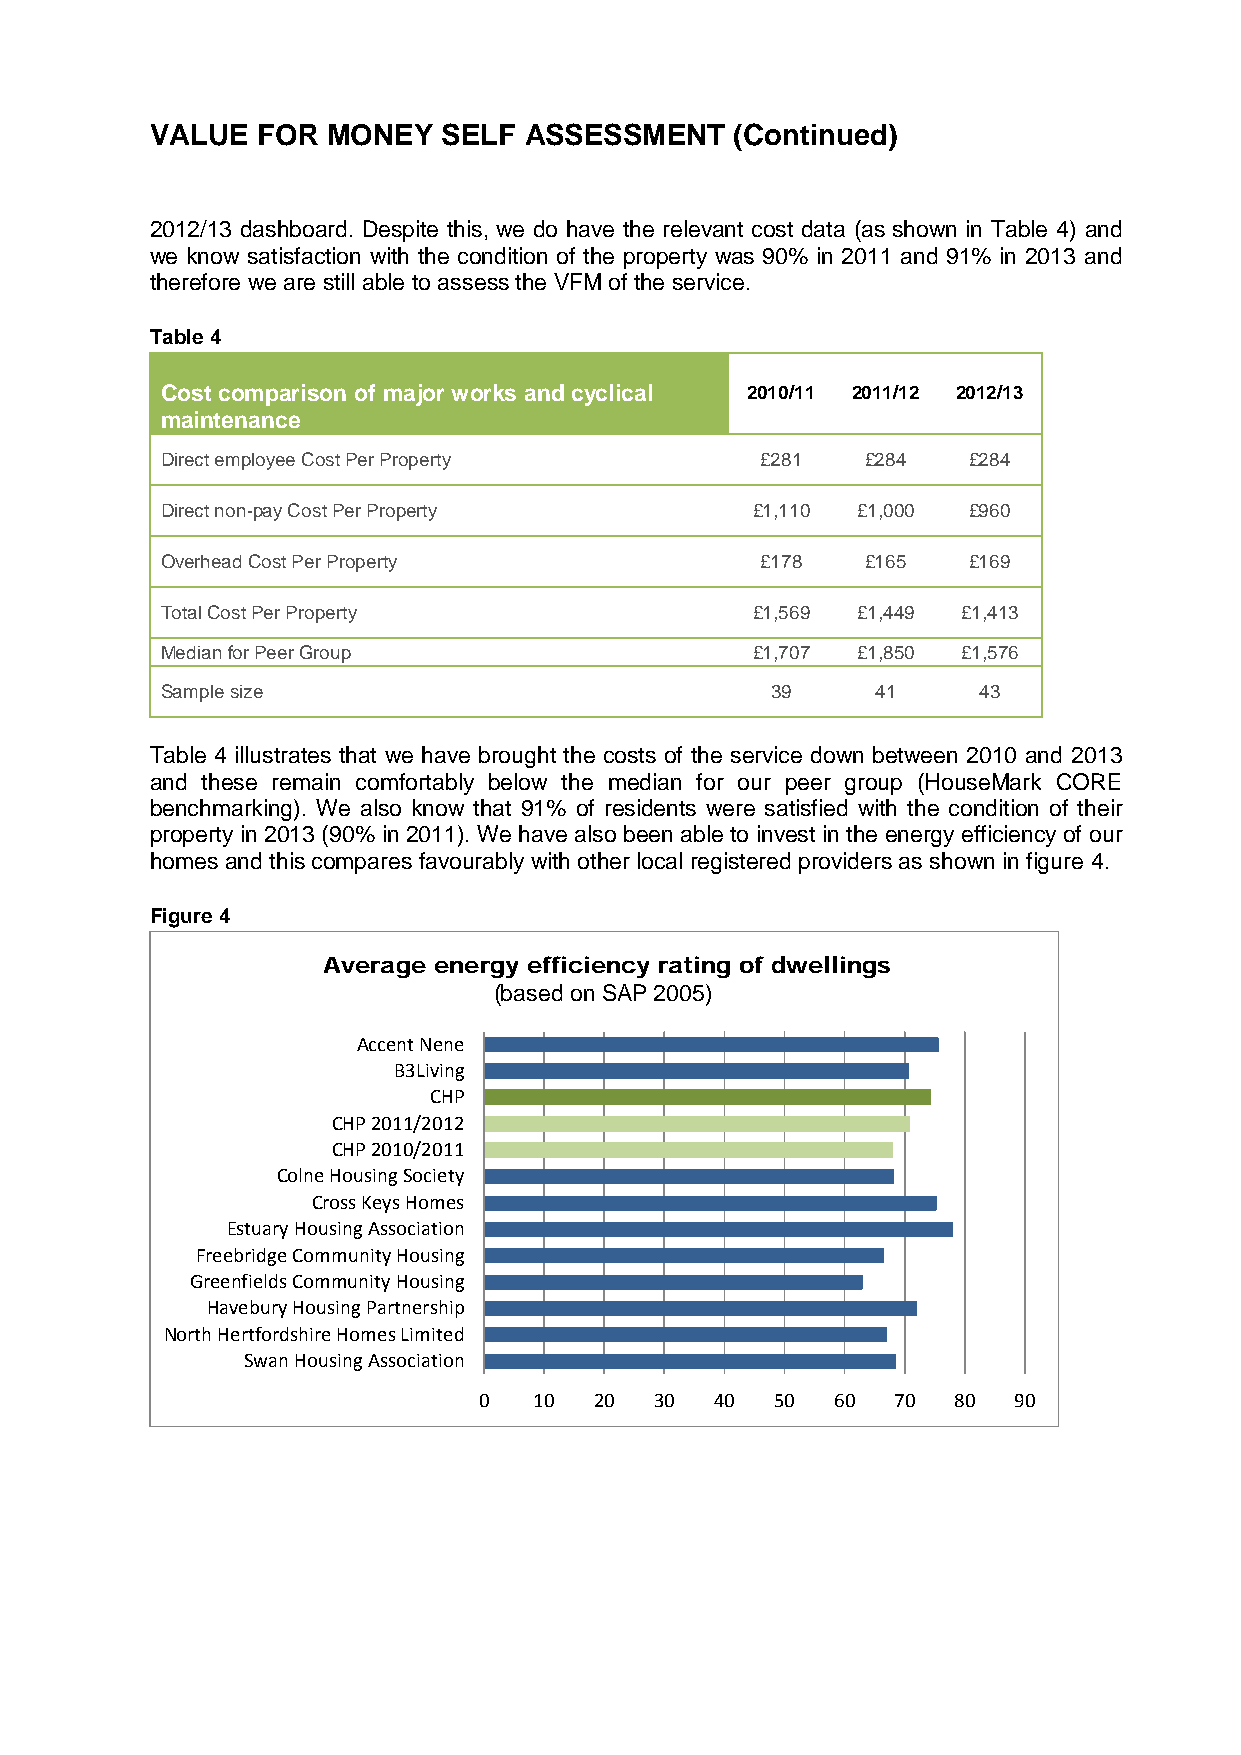
VALUE  FOR  MONEY  SELF  ASSESSMENT    (Continued)
 2012/13 dashboard. Despite this, we do have the relevant cost data (as shown in Table 4) and
 we know satisfaction with the condition of the property was 90% in 2011 and 91% in 2013 and
 therefore we are still able to assess the VFM of the service.
 Table 4
 Cost comparison of major works and cyclical 2010/11 2011/12 2012/13
 maintenance
 Direct employee Cost Per Property      £281   £284   £284
 Direct non-pay Cost Per Property       £1,110 £1,000 £960
 Overhead Cost Per Property             £178   £165   £169
 Total Cost Per Property                £1,569 £1,449 £1,413
 Median for Peer Group                  £1,707 £1,850 £1,576
 Sample size                             39     41     43
 Table 4 illustrates that we have brought the costs of the service down between 2010 and 2013
 and these remain comfortably below the median for our peer group (HouseMark CORE
 benchmarking). We also know that 91% of residents were satisfied with the condition of their
 property in 2013 (90% in 2011). We have also been able to invest in the energy efficiency of our
 homes and this compares favourably with other local registered providers as shown in figure 4.
 Figure 4
 Average energy efficiency rating of dwellings
 (based on SAP 2005)
 Accent Nene
 B3Living
 CHP
 CHP 2011/2012
 CHP 2010/2011
 Colne Housing Society
 Cross Keys Homes
 Estuary Housing Association
 Freebridge Community Housing
 Greenfields Community Housing
 Havebury Housing Partnership
 North Hertfordshire Homes Limited
 Swan Housing Association
 0  10  20  30  40  50  60  70  80  90